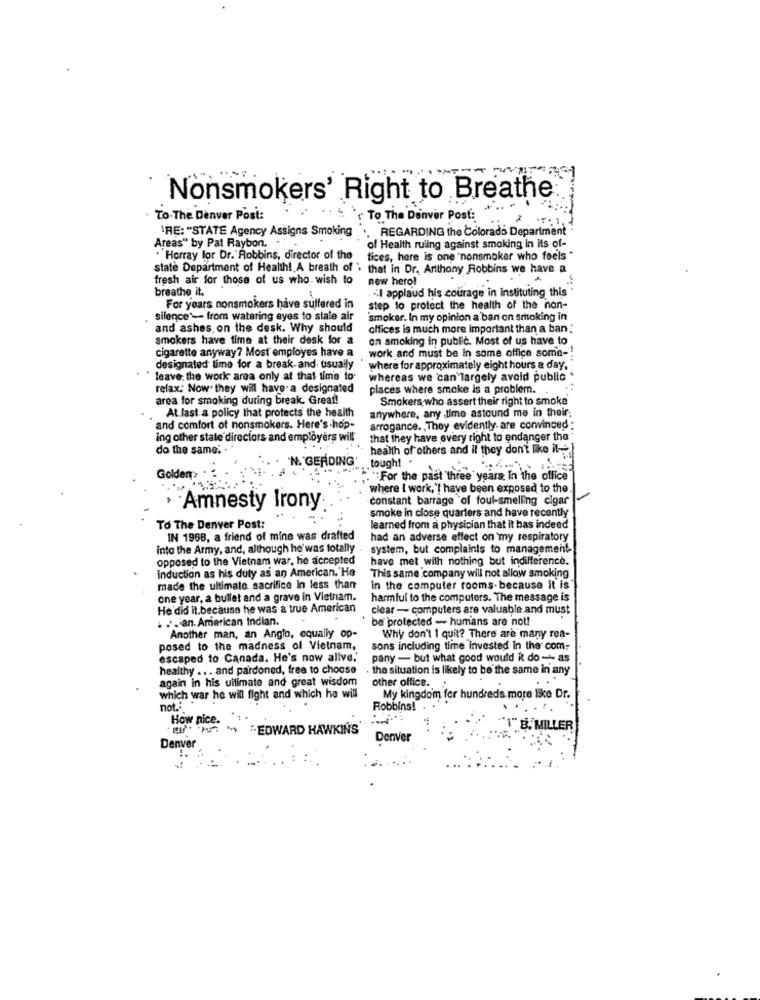
Nonsmokers' Right to Breathe
To The Denver Post:
': To The Denver Post:
RE: "STATE Agency Assigns Smoking REGARDING the Colorado Department
Areas" by Pat Raybon. ..
of Health ruling against smoking in its of-
.Herray lor Dr." Robbins, director of the tices, here is one "nonsmoker who feels "
state Department of Health! A breath of ' that in Dr. Anthony Robbins we have a
tresh air for those of us who. wish to
new hero!
breathe it.
"I applaud his courage in instituting this
For years nonsmokers have suffered in
step to protect the health of the non-
silence"- from watering eyes to stale air
smoker. In my opinion a ban on smoking in
and ashes on the desk. Why should
offices is much more important than a ban :
smokers have time at their desk for a
on smoking in public. Most of us have to
work and must be in some office some -!
cigarette anyway? Most employes have a
designated lime for a break-and usually
where for approximately eight hours a day,
leave. the work area only at that time to-
whereas we can largely avoid public
relax: Now they will have a designated
places where smoke is a problem.
area for smoking during break. Great!
Smokers who assert their right to smoke
anywhere, any time astound me in their;
At last a policy that protects the health
and comfort of nonsmokers. Here's -hop-
arrogance. , They evidently. are convinced:
Ing other stale directors and employers will
that they have every right to endanger the*
do the same.
health of others and il they don't like it-
N. GERDING'
. tough! .
Golden
"For the past three years. In the office"
where I work,'! have been exposed to the.
constant barrage of foul-smelling cigar
· Amnesty Irony
smoke in close quarters and have recently
To The Denver Post:
learned from a physician that it has indeed
IN 1968, a friend of mine was drafted
had an adverse effect on my respiratory
Into the Army, and, although he'was totally
system, but complaints to management-
opposed to the Vietnam war, he accepted
have met with nothing but indifference.
induction as his duty as an American."He
This same company will not allow smoking
made the ultimate sacrifice in less than
in the computer rooms- because it is
one year, a bullet and a grave in Vietnam.
harmful to the computers. The message is
He did it.because he was a true American
clear - computers are valuable and must
. .. an. American Indian.
be protected - humans are not!
Another man, an Anglo, equally op-
Why don't I quit? There are many rea-
posed to the madness of Vietnam,
sons including time invested in the com.
escaped to Canada. He's now allve,'
pany - but what good would it do -- as
healthy ... and pardoned, free to choose
. the situation is likely to be the same in any
again in his ultimate and great wisdom
other office.
which war he will fight and which he will
My kingdom for hundreds more like Dr.
not:
Robbins!
How nice.
"/ "EDWARD HAWKINS
"1" B. MILLER
Denver
Denver